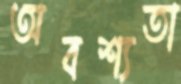
অবশ্যতা